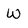
Character: W